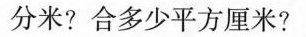
分米?合多少平方厘米?